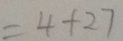
= 4 + 2 7